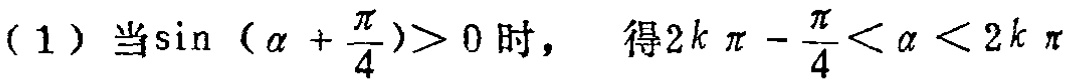
(1) 当\(\sin(\alpha + \frac{\pi}{4})>0\)时， 得\(2k\pi - \frac{\pi}{4}<\alpha < 2k\pi\)